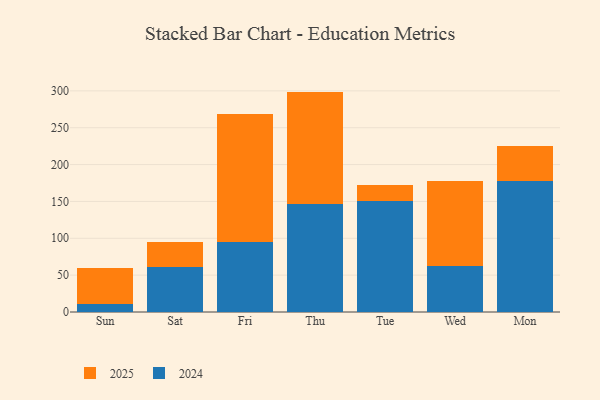
{"axis": {"x": "Day", "y": "Production Output"}, "legend": ["2024", "2025"], "data": [{"x": "Sun", "y": 49.3, "type": "2025"}, {"x": "Sun", "y": 10.4, "type": "2024"}, {"x": "Sat", "y": 32.9, "type": "2025"}, {"x": "Sat", "y": 61.6, "type": "2024"}, {"x": "Fri", "y": 173.5, "type": "2025"}, {"x": "Fri", "y": 94.8, "type": "2024"}, {"x": "Thu", "y": 152.7, "type": "2025"}, {"x": "Thu", "y": 146.3, "type": "2024"}, {"x": "Tue", "y": 21.5, "type": "2025"}, {"x": "Tue", "y": 150.2, "type": "2024"}, {"x": "Wed", "y": 115.7, "type": "2025"}, {"x": "Wed", "y": 62.1, "type": "2024"}, {"x": "Mon", "y": 47.3, "type": "2025"}, {"x": "Mon", "y": 177.9, "type": "2024"}]}